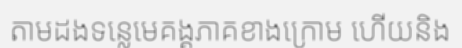
តាមដងទន្លេមេគង្គភាគខាងក្រោម ហើយនិង